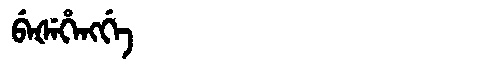
Manchu: ᠪᡝᡧᡝᡥᡝᠩᡤᡝ
Romanization: BEŠEHENGGE